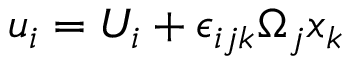
u _ { i } = U _ { i } + \epsilon _ { i j k } \Omega _ { j } x _ { k }